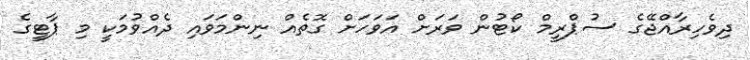
ދިވެހިރާއްޖޭގެ ސުޕްރީމް ކޯޓުން ވަރަށް އަވަހަށް ގޮތެއް ނިންމަވައި ދެއްވުމަކީ މި ޕާޓީގެ